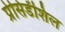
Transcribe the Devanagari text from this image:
प्रेसिडेंशिल